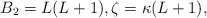
\begin{align*} B_2 = L(L+1), \zeta = \kappa(L+1),\end{align*}